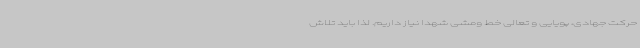
حرکت جهادی، پویایی و تعالی خط‌ ومشی شهدا نیاز داریم. لذا باید تلاش‌